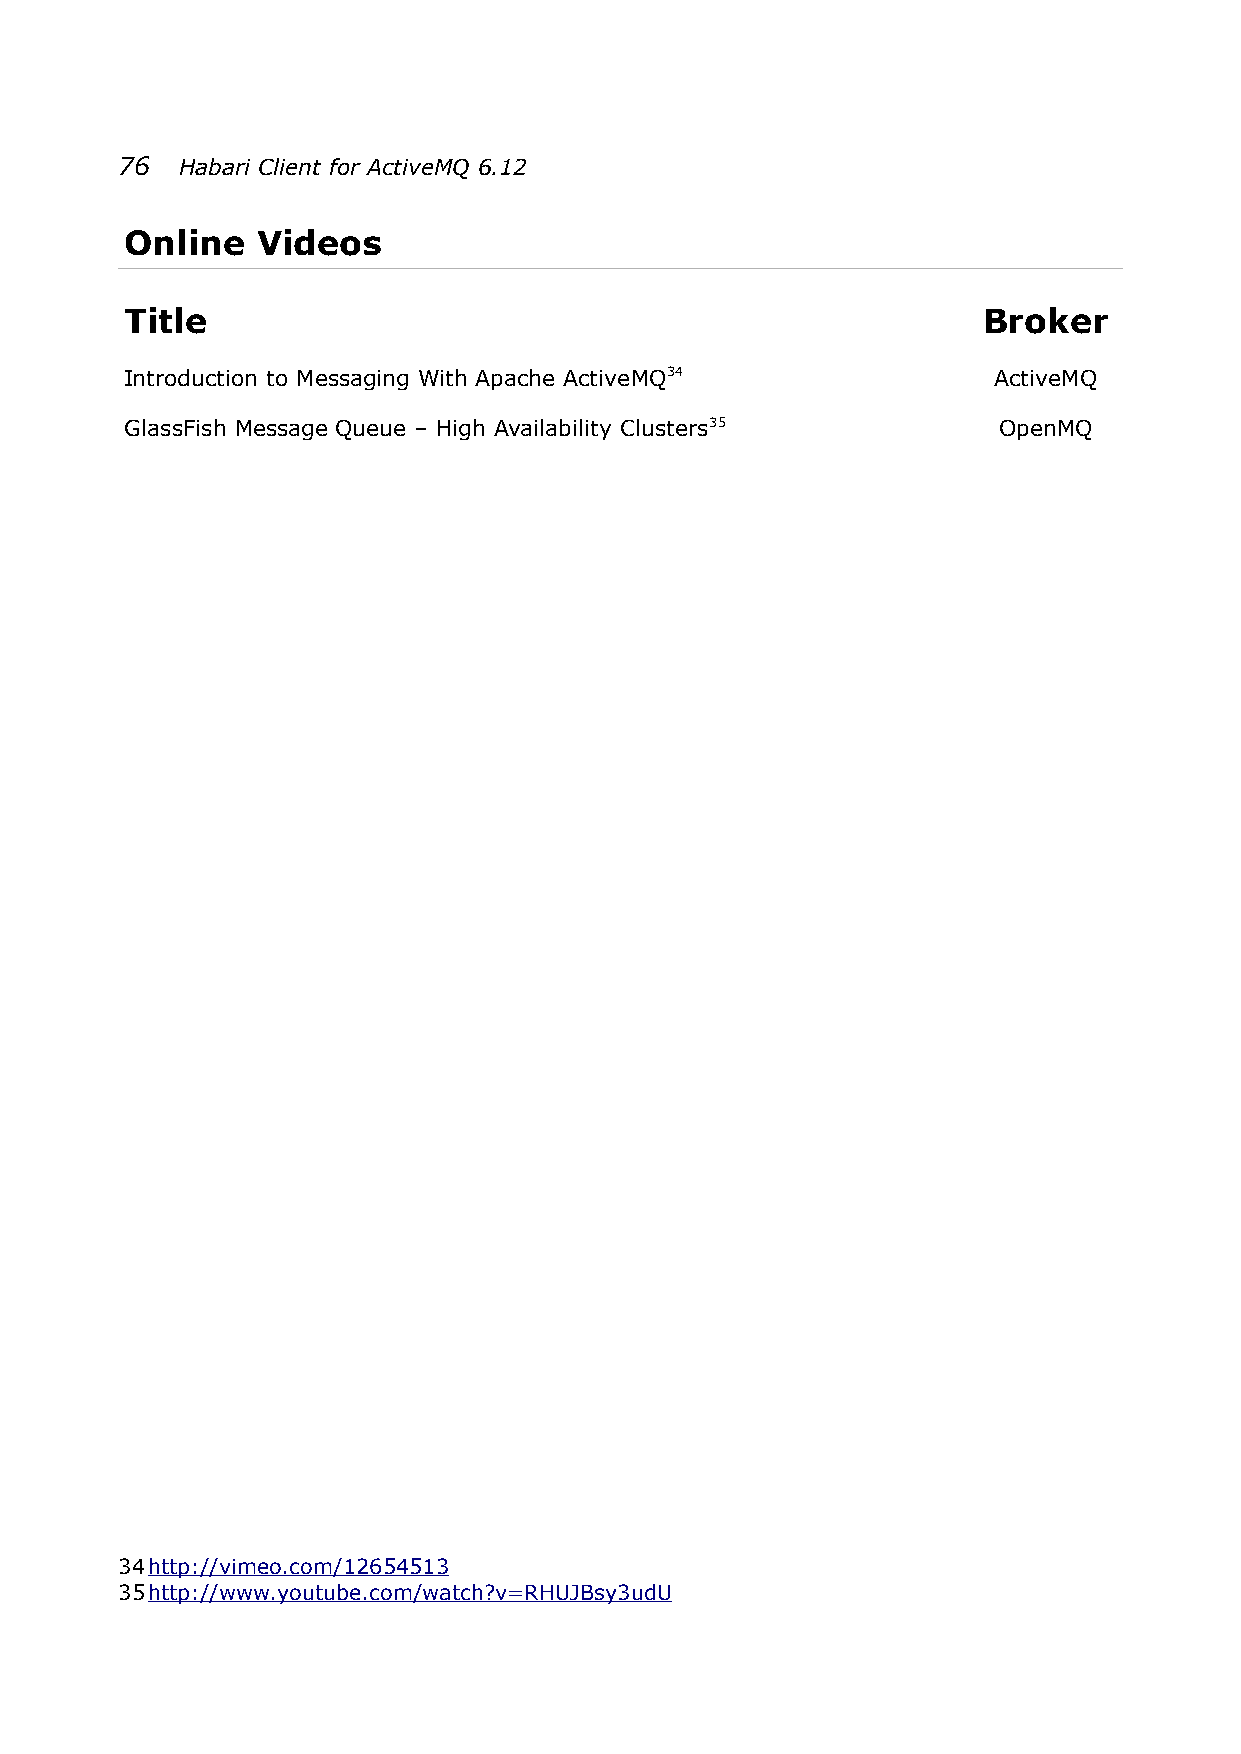
76  Habari Client for ActiveMQ 6.12
 Online   Videos
 Title                                                    Broker
 Introduction to Messaging With Apache ActiveMQ34          ActiveMQ
 GlassFish Message Queue – High Availability Clusters35    OpenMQ
 34 http://vimeo.com/12654513
 35 http://www.youtube.com/watch?v=RHUJBsy3udU